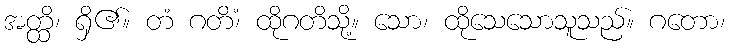
အတ္ထိ၊ ရှိ၏။ တံ ဂတိံ၊ ထိုဂတိသို့။ သော၊ ထိုသေသောသူသည်။ ဂတော၊